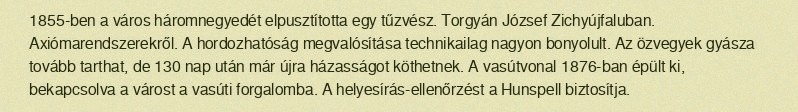
1855-ben a város háromnegyedét elpusztította egy tűzvész. Torgyán József Zichyújfaluban. Axiómarendszerekről. A hordozhatóság megvalósítása technikailag nagyon bonyolult. Az özvegyek gyásza tovább tarthat, de 130 nap után már újra házasságot köthetnek. A vasútvonal 1876-ban épült ki, bekapcsolva a várost a vasúti forgalomba. A helyesírás-ellenőrzést a Hunspell biztosítja.